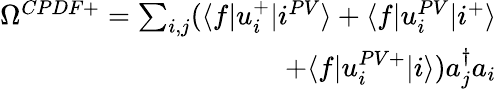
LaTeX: \begin{array}{r}{\Omega^{CPDF+}=\sum_{i,j}(\langle f|u_{i}^{+}|i^{PV}\rangle+\langle f|u_{i}^{PV}|i^{+}\rangle}\\ {+\langle f|u_{i}^{PV+}|i\rangle)a_{j}^{\dagger}a_{i}}\end{array}